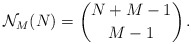
\begin{align*}\mathcal{N}_M(N) = {N+M-1 \choose M-1}\,.\end{align*}